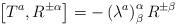
LaTeX: \begin{align*}\left[ T^{a},R^{\pm\alpha}\right] =-\left( \lambda^{a}\right) _{\beta}^{\alpha}R^{\pm\beta} \end{align*}